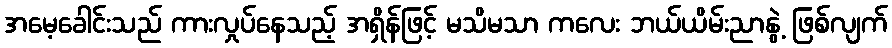
အမေ့ခေါင်းသည် ကားလှုပ်နေသည့် အရှိန်ဖြင့် မသိမသာ ကလေး ဘယ်ယိမ်းညာနွဲ့ ဖြစ်လျက်